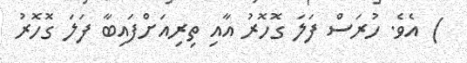
) އެވެ. ހުރަސް ފަލަ ގޮހޮރު އާއި ތިރިއަށްފައިބާ ފަލަ ގޮހޮރު